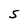
Character: S